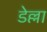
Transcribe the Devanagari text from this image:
डेल्ला